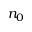
n _ { 0 }